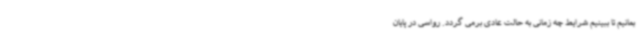
بمانیم تا ببینیم شرایط چه زمانی به حالت عادی برمی گردد. رواسی در پایان